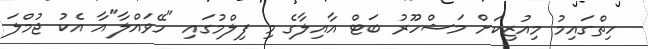
ހިތްގައިމު މިއުޒިކަށް މަޝްހޫރު ބަޓް އާއިލާގެ މި ފިލްމުގައި "ހޭވައްލާ"އާ އެކު ޖުމްލަ